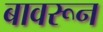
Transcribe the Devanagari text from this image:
बावरून